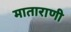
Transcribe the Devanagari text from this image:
माताराणी